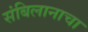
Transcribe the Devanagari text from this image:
संबिलानाचा